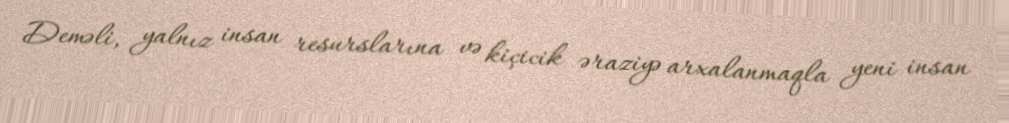
Deməli, yalnız insan resurslarına və kiçicik əraziyə arxalanmaqla yeni insan